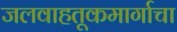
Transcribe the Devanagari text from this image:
जलवाहतूकमार्गाचा